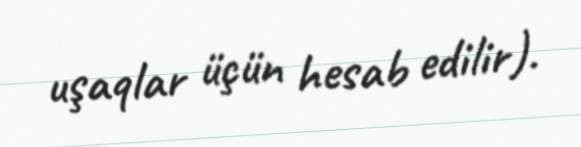
uşaqlar üçün hesab edilir).